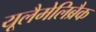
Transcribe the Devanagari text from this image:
यूलैमेलिब्रैक